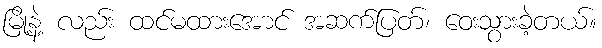
မြို့နဲ့ လည်း ထင်မထားအောင် အဆက်ပြတ်၊ ဝေးသွားခဲ့တယ်။